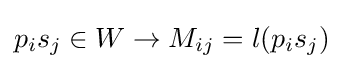
p_{i}s_{j}\in W\rightarrow M_{ij}=l(p_{i}s_{j})